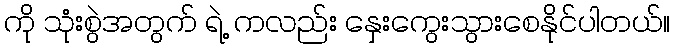
ကို သုံးစွဲအတွက် ရဲ့ ကလည်း နှေးကွေးသွားစေနိုင်ပါတယ်။